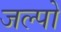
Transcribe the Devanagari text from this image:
जल्पो